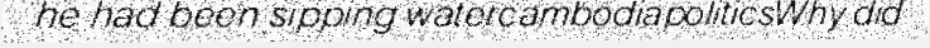
he had been sipping watercambodiapoliticsWhy did